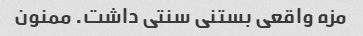
مزه واقعی بستنی سنتی داشت. ممنون